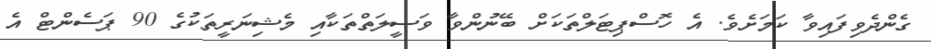
ގެންދެވިފައިވާ ކަމަށެވެ. އެ ހޮސްޕިޓަލްތަކަށް ބޭނުންވާ ވަސީލަތްތަކާއި މެޝިނަރީތަކުގެ 90 ޕަސެންޓް އެ